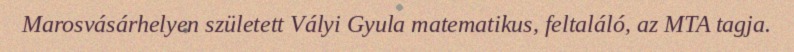
Marosvásárhelyen született Vályi Gyula matematikus, feltaláló, az MTA tagja.